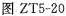
图ZT5-20